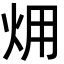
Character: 㶲